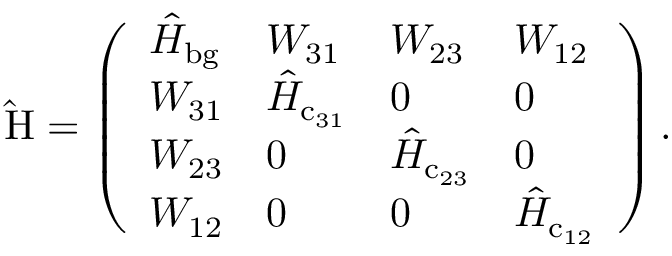
\mathrm { \hat { H } } = \left( \begin{array} { l l l l } { \hat { H } _ { \mathrm { b g } } } & { W _ { 3 1 } } & { W _ { 2 3 } } & { W _ { 1 2 } } \\ { W _ { 3 1 } } & { \hat { H } _ { \mathrm { c } _ { 3 1 } } } & { 0 } & { 0 } \\ { W _ { 2 3 } } & { 0 } & { \hat { H } _ { \mathrm { c } _ { 2 3 } } } & { 0 } \\ { W _ { 1 2 } } & { 0 } & { 0 } & { \hat { H } _ { \mathrm { c } _ { 1 2 } } } \end{array} \right) .